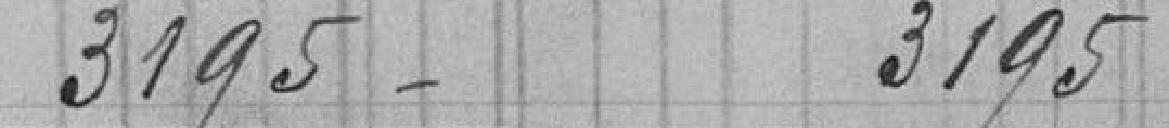
3195 3195